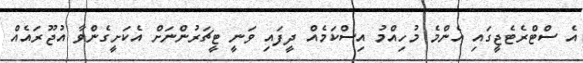
އެ ސްޓްރެޓެޖީގައި އެންމެ މުހިއްމު އިސްކަމެއް ދީފައި ވަނީ ޓީޗަރުންނަށް އެކަށީގެންވާ އުޖޫރައެއް